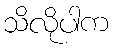
သိလိုပါက